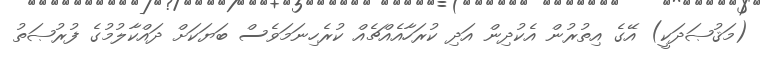
(މަޤުޞަދަކީ) އޭގެ އިތުރުން އެކުދިން އަދި ކުރަހާއެއްޗެއް ކުރެހިނަމަވެސް ބަޔަކަށް ދައްކާލުމުގެ ފުރުޞަތު